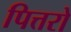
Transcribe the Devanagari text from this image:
पित्तरो